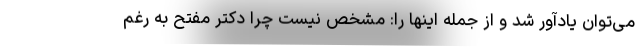
می‌توان یادآور شد و از جمله اینها را: مشخص نیست چرا دکتر مفتح به رغم